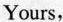
Yours,